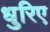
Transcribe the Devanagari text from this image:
धुरिए